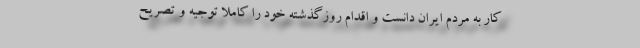
کار به مردم ایران دانست و اقدام روزگذشته خود را کاملا توجیه و تصریح